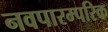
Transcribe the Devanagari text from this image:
नवपारम्परिक